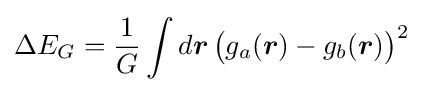
\Delta E_{G}={\frac {1}{G}}\int d{\boldsymbol {r}}\,{\big (}g_{a}({\boldsymbol {r}})-g_{b}({\boldsymbol {r}}){\big )}^{2}